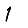
Digit: 1